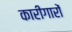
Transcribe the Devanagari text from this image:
कारीगारों